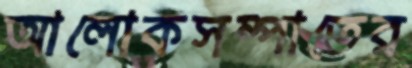
আলোকসম্পাতের